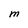
Character: M